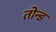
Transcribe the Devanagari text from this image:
तोन्ड